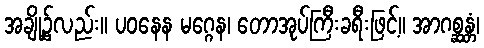
အချို့၌လည်း။ ပဝနေန မဂ္ဂေန၊ တောအုပ်ကြီးခရီးဖြင့်။ အာဂစ္ဆန္တံ၊